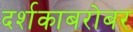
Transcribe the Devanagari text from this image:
दर्शकाबरोबर